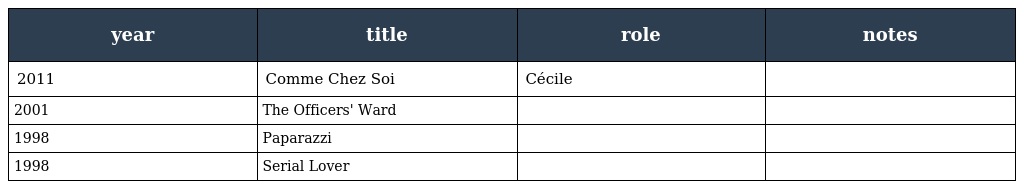
| year | title | role | notes |
 | --- | --- | --- | --- |
 | 2011 | Comme Chez Soi | Cécile |  |
 | 2001 | The Officers' Ward |  |  |
 | 1998 | Paparazzi |  |  |
 | 1998 | Serial Lover |  |  |